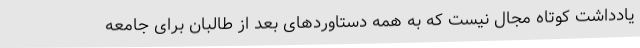
یادداشت کوتاه مجال نیست که به همه دستاوردهای بعد از طالبان برای جامعه